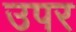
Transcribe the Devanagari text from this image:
उपर